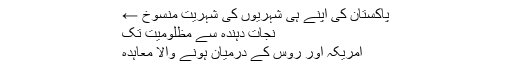
پاکستان کی اپنے ہی شہریوں کی شہریت منسوخ ←
نجات دہندہ سے مظلومیت تک
امریکہ اور روس کے درمیان ہونے والا معاہدہ